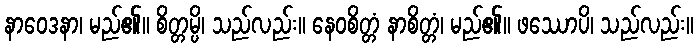
နာဝေဒနာ၊ မည်၏။ စိတ္တမ္ပိ၊ သည်လည်း။ နေဝစိတ္တံ နာစိတ္တံ၊ မည်၏။ ဖဿောပိ၊ သည်လည်း။